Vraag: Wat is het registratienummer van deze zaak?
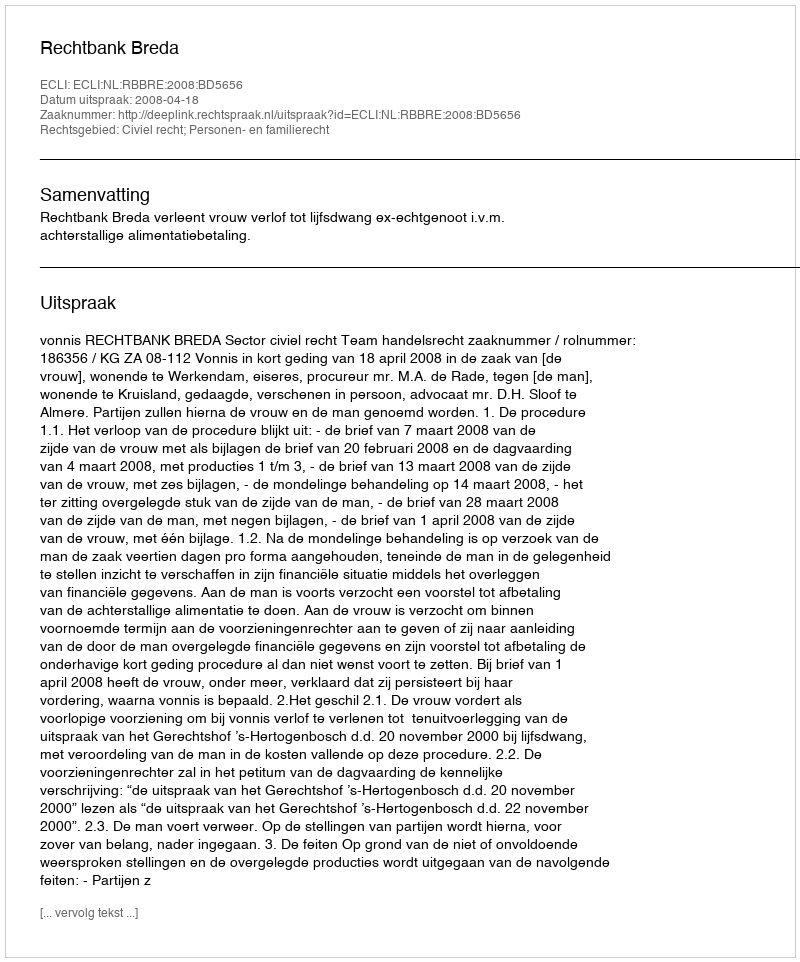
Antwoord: http://deeplink.rechtspraak.nl/uitspraak?id=ECLI:NL:RBBRE:2008:BD5656